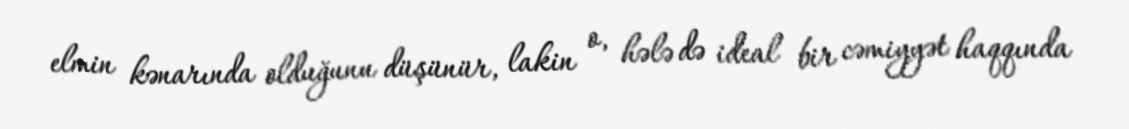
elmin kənarında olduğunu düşünür, lakin o, hələ də ideal bir cəmiyyət haqqında